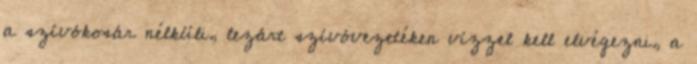
a szívókosár nélküli, lezárt szívóvezetéken vízzel kell elvégezni, a